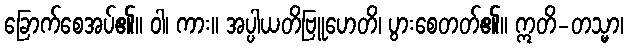
ခြောက်စေအပ်၏။ ဝါ၊ ကား။ အပ္ပါယတိဗြူဟေတိ၊ ပွားစေတတ်၏။ ဣတိ-တသ္မာ၊